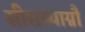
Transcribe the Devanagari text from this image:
सीसस्याग्नौ